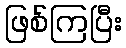
ဖြစ်ကြပြီး